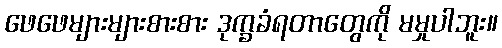
ဖေဖေများများစားစား ဒုက္ခခံရတာတွေကို မမှုပါဘူး။